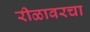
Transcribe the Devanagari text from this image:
रीळावरचा